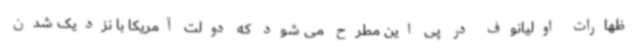
ظهارات اولیانوف در پی این مطرح می شود که دولت آمریکا با نزدیک شدن